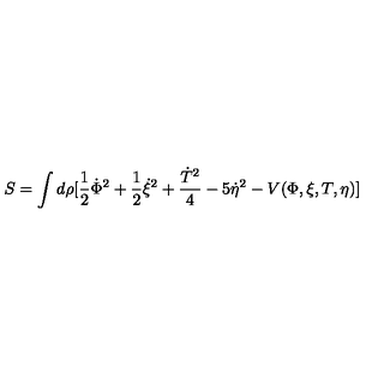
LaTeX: S = \int d \rho [ \frac { 1 } { 2 } \dot { \Phi } ^ { 2 } + \frac { 1 } { 2 } \dot { \xi } ^ { 2 } + \frac { \dot { T } ^ { 2 } } { 4 } - 5 \dot { \eta } ^ { 2 } - V ( \Phi , \xi , T , \eta ) ]